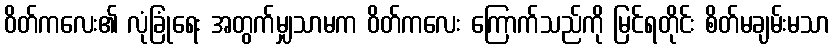
ဝိတ်ကလေး၏ လုံခြုံရေး အတွက်မျှသာမက ဝိတ်ကလေး ကြောက်သည်ကို မြင်ရတိုင်း စိတ်မချမ်းမသာ